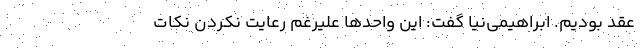
عقد بودیم. ابراهیمی‌نیا گفت: این واحد‌ها علیرغم رعایت نکردن نکات